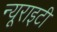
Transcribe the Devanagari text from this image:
न्यूराइटी